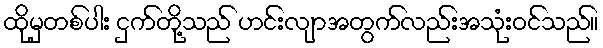
ထိုမှတစ်ပါး ငှက်တို့သည် ဟင်းလျာအတွက်လည်းအသုံးဝင်သည်။